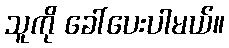
သူကို ခေါ်ပေးပါမယ်။